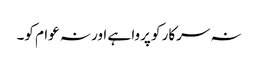
نہ سرکار کو پروا ہے اور نہ عوام کو۔